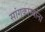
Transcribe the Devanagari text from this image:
सांगकाम्यांना